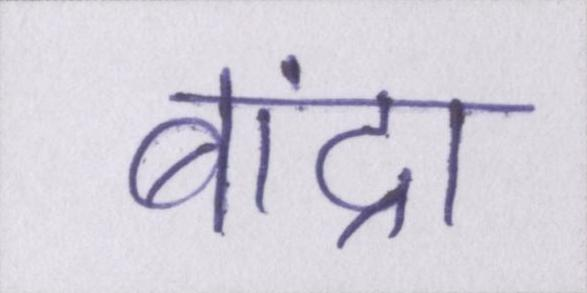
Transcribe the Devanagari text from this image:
बांद्रा